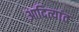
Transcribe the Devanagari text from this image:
आदित्यांत